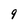
Character: 9